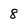
Character: 8